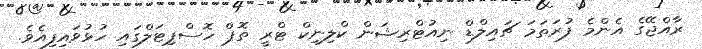
ރާއްޖޭގެ އެންމެ ފުރަތަމަ ޗައިލްޑް ނިއުޓްރިޝަން ކްލިނިކް ޓްރީ ތޮޕް ހޮސްޕިޓަލްގައި ހުޅުވައިފިއެވެ.